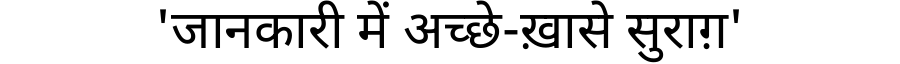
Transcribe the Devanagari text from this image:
'जानकारी में अच्छे-ख़ासे सुराग़'